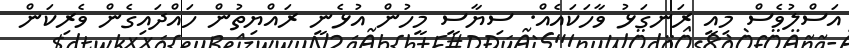
އަސްލުވެސް މިއީ ރަނގަޅު ވާހަކައެއް. ސިޔާސީ މީހުން އުޅެނީ ރައްޔިތުން ހައްދައިގެން ވެރިކަން